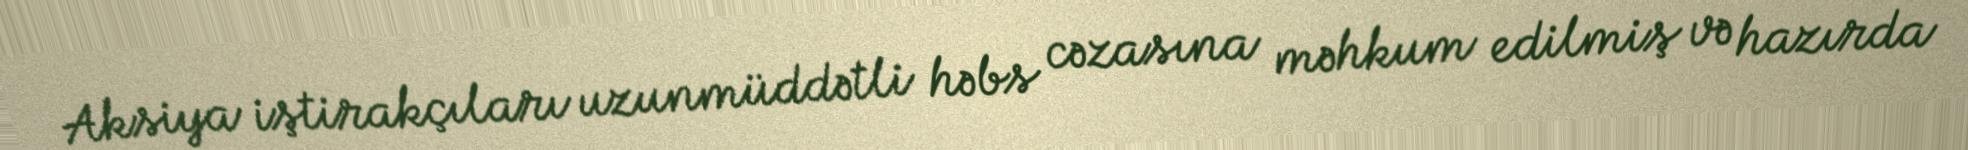
Aksiya iştirakçıları uzunmüddətli həbs cəzasına məhkum edilmiş və hazırda